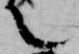
て